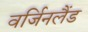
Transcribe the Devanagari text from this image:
वर्जिनलैंड